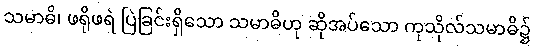
သမာဓိ၊ ဖရိုဖရဲ ပြဲခြင်းရှိသော သမာဓိဟု ဆိုအပ်သော ကုသိုလ်သမာဓိ၌